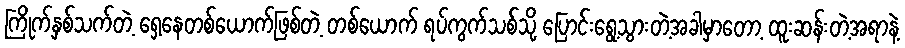
ကြိုက်နှစ်သက်တဲ့ ရှေ့နေတစ်ယောက်ဖြစ်တဲ့ တစ်ယောက် ရပ်ကွက်သစ်သို့ ပြောင်းရွေ့သွားတဲ့အခါမှာတော့ ထူးဆန်းတဲ့အရာနဲ့